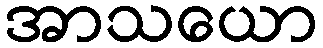
အာသယော